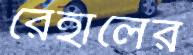
রেহালের